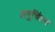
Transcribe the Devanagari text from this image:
अनुचिंतन